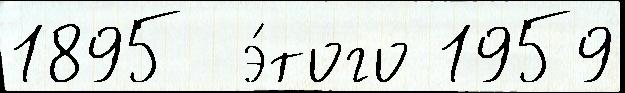
1895  э́того 1959